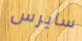
سايرس